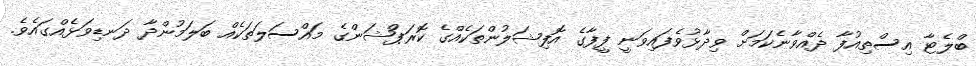
ބްލެޓާ އިސްތިއުފާ ދެއްވާނެކަމަށް ވިދާޅުވެފައިވަނީ ފީފާގެ އޮފިޝަލުންތަކެއްގެ ކޮރަޕްޝަންގެ މައްސަލަތަކެއް ބަލަމުންދާ ދަނޑިވަޅެއްގައެވެ.